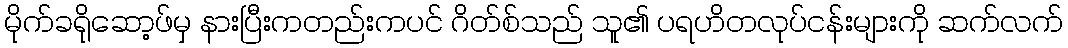
မိုက်ခရိုဆော့ဖ်မှ နားပြီးကတည်းကပင် ဂိတ်စ်သည် သူ၏ ပရဟိတလုပ်ငန်းများကို ဆက်လက်